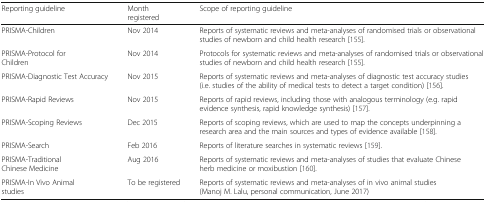
| Reporting guideline | Month registered | Scope of reporting guideline |
 | --- | --- | --- |
 | PRISMA-Children | Nov 2014 | Reports of systematic reviews and meta-analyses of randomised trials or observational studies of newborn and child health research [155]. |
 | PRISMA-Protocol for Children | Nov 2014 | Protocols for systematic reviews and meta-analyses of randomised trials or observational studies of newborn and child health research [155]. |
 | PRISMA-Diagnostic Test Accuracy | Nov 2015 | Reports of systematic reviews and meta-analyses of diagnostic test accuracy studies (i.e. studies of the ability of medical tests to detect a target condition) [156]. |
 | PRISMA-Rapid Reviews | Nov 2015 | Reports of rapid reviews, including those with analogous terminology (e.g. rapid evidence synthesis, rapid knowledge synthesis) [157]. |
 | PRISMA-Scoping Reviews | Dec 2015 | Reports of scoping reviews, which are used to map the concepts underpinning a research area and the main sources and types of evidence available [158]. |
 | PRISMA-Search | Feb 2016 | Reports of literature searches in systematic reviews [159]. |
 | PRISMA-Traditional Chinese Medicine | Aug 2016 | Reports of systematic reviews and meta-analyses of studies that evaluate Chinese herb medicine or moxibustion [160]. |
 | PRISMA-In Vivo Animal studies | To be registered | Reports of systematic reviews and meta-analyses of in vivo animal studies (Manoj M. Lalu, personal communication, June 2017) |